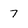
Character: 7